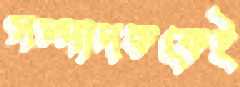
সম্পাদককেই